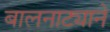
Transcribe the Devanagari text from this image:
बालनाट्याने